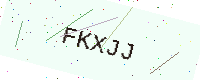
Text: FKXJJ